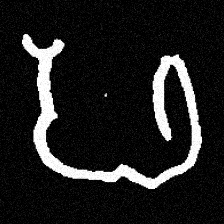
Pyu character \u2014 Myanmar letter: ဖ (romanized: pha)